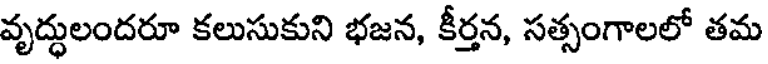
వృద్ధులందరూ కలుసుకుని భజన, కీర్తన, సత్సంగాలలో తమ